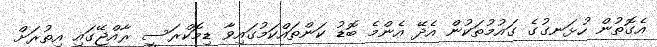
އެގޮތުން ހުޅަނގުގެ ގައުމުތަކުން އެދޭ އެންމެ ބޮޑު ކަންތައްކަމުގައިވާ ޑިމޮކްރަސީ ރާއްޖޭގައި އިތުރަށް